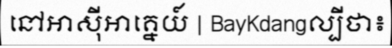
នៅអាស៊ីអាគ្នេយ៍ | BayKdangល្បីថា៖